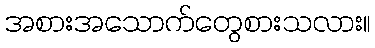
အစားအသောက်တွေစားသလား။